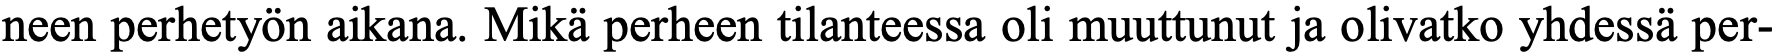
neen perhetyön aikana. Mikä perheen tilanteessa oli muuttunut ja olivatko yhdessä per-